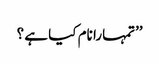
’’تمہارا نام کیا ہے ؟